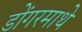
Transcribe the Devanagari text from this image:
डोंगरमाथे